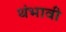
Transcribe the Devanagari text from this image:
थंभावी